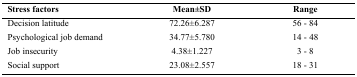
<table><thead><tr><td><b>Stress factors</b></td><td><b>Mean±SD</b></td><td><b>Range</b></td></tr></thead><tbody><tr><td>Decision latitude</td><td>72.26±6.287</td><td>56 - 84</td></tr><tr><td>Psychological job demand</td><td>34.77±5.780</td><td>14 - 48</td></tr><tr><td>Job insecurity</td><td>4.38±1.227</td><td>3 - 8</td></tr><tr><td>Social support</td><td>23.08±2.557</td><td>18 - 31</td></tr></tbody></table>